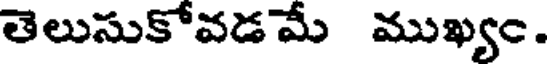
తెలుసుకోవడ మే ముఖ్యం.